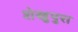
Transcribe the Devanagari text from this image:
शेखुपुरा